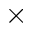
\times